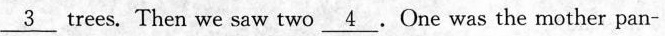
\underline{3} trees. Then we saw two\underline{4}.One was the mother pan-